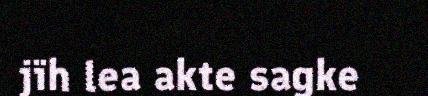
jïh lea akte sagke